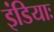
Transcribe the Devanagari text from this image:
इंडियाः